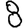
Digit: 8